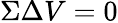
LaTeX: \Sigma\Delta V=0